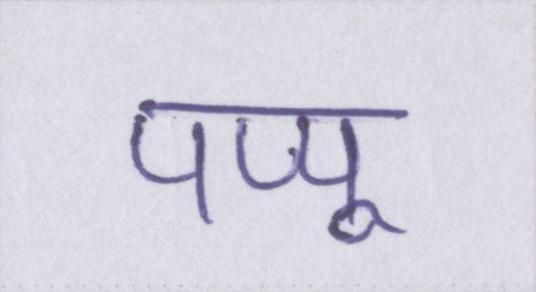
पप्पू